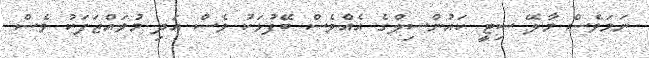
ނަމަވެސް މާލޭ ސިޓީ ކައުންސިލްގެ އެއްވެސް ބޭފުޅަކު ވެސް އަދި މުވައްޒަފަކު ވެސް